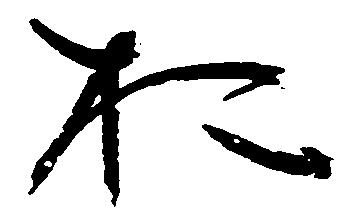
於